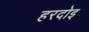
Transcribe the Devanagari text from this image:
हरदोइ